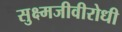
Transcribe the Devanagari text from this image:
सुक्ष्मजीवीरोधी